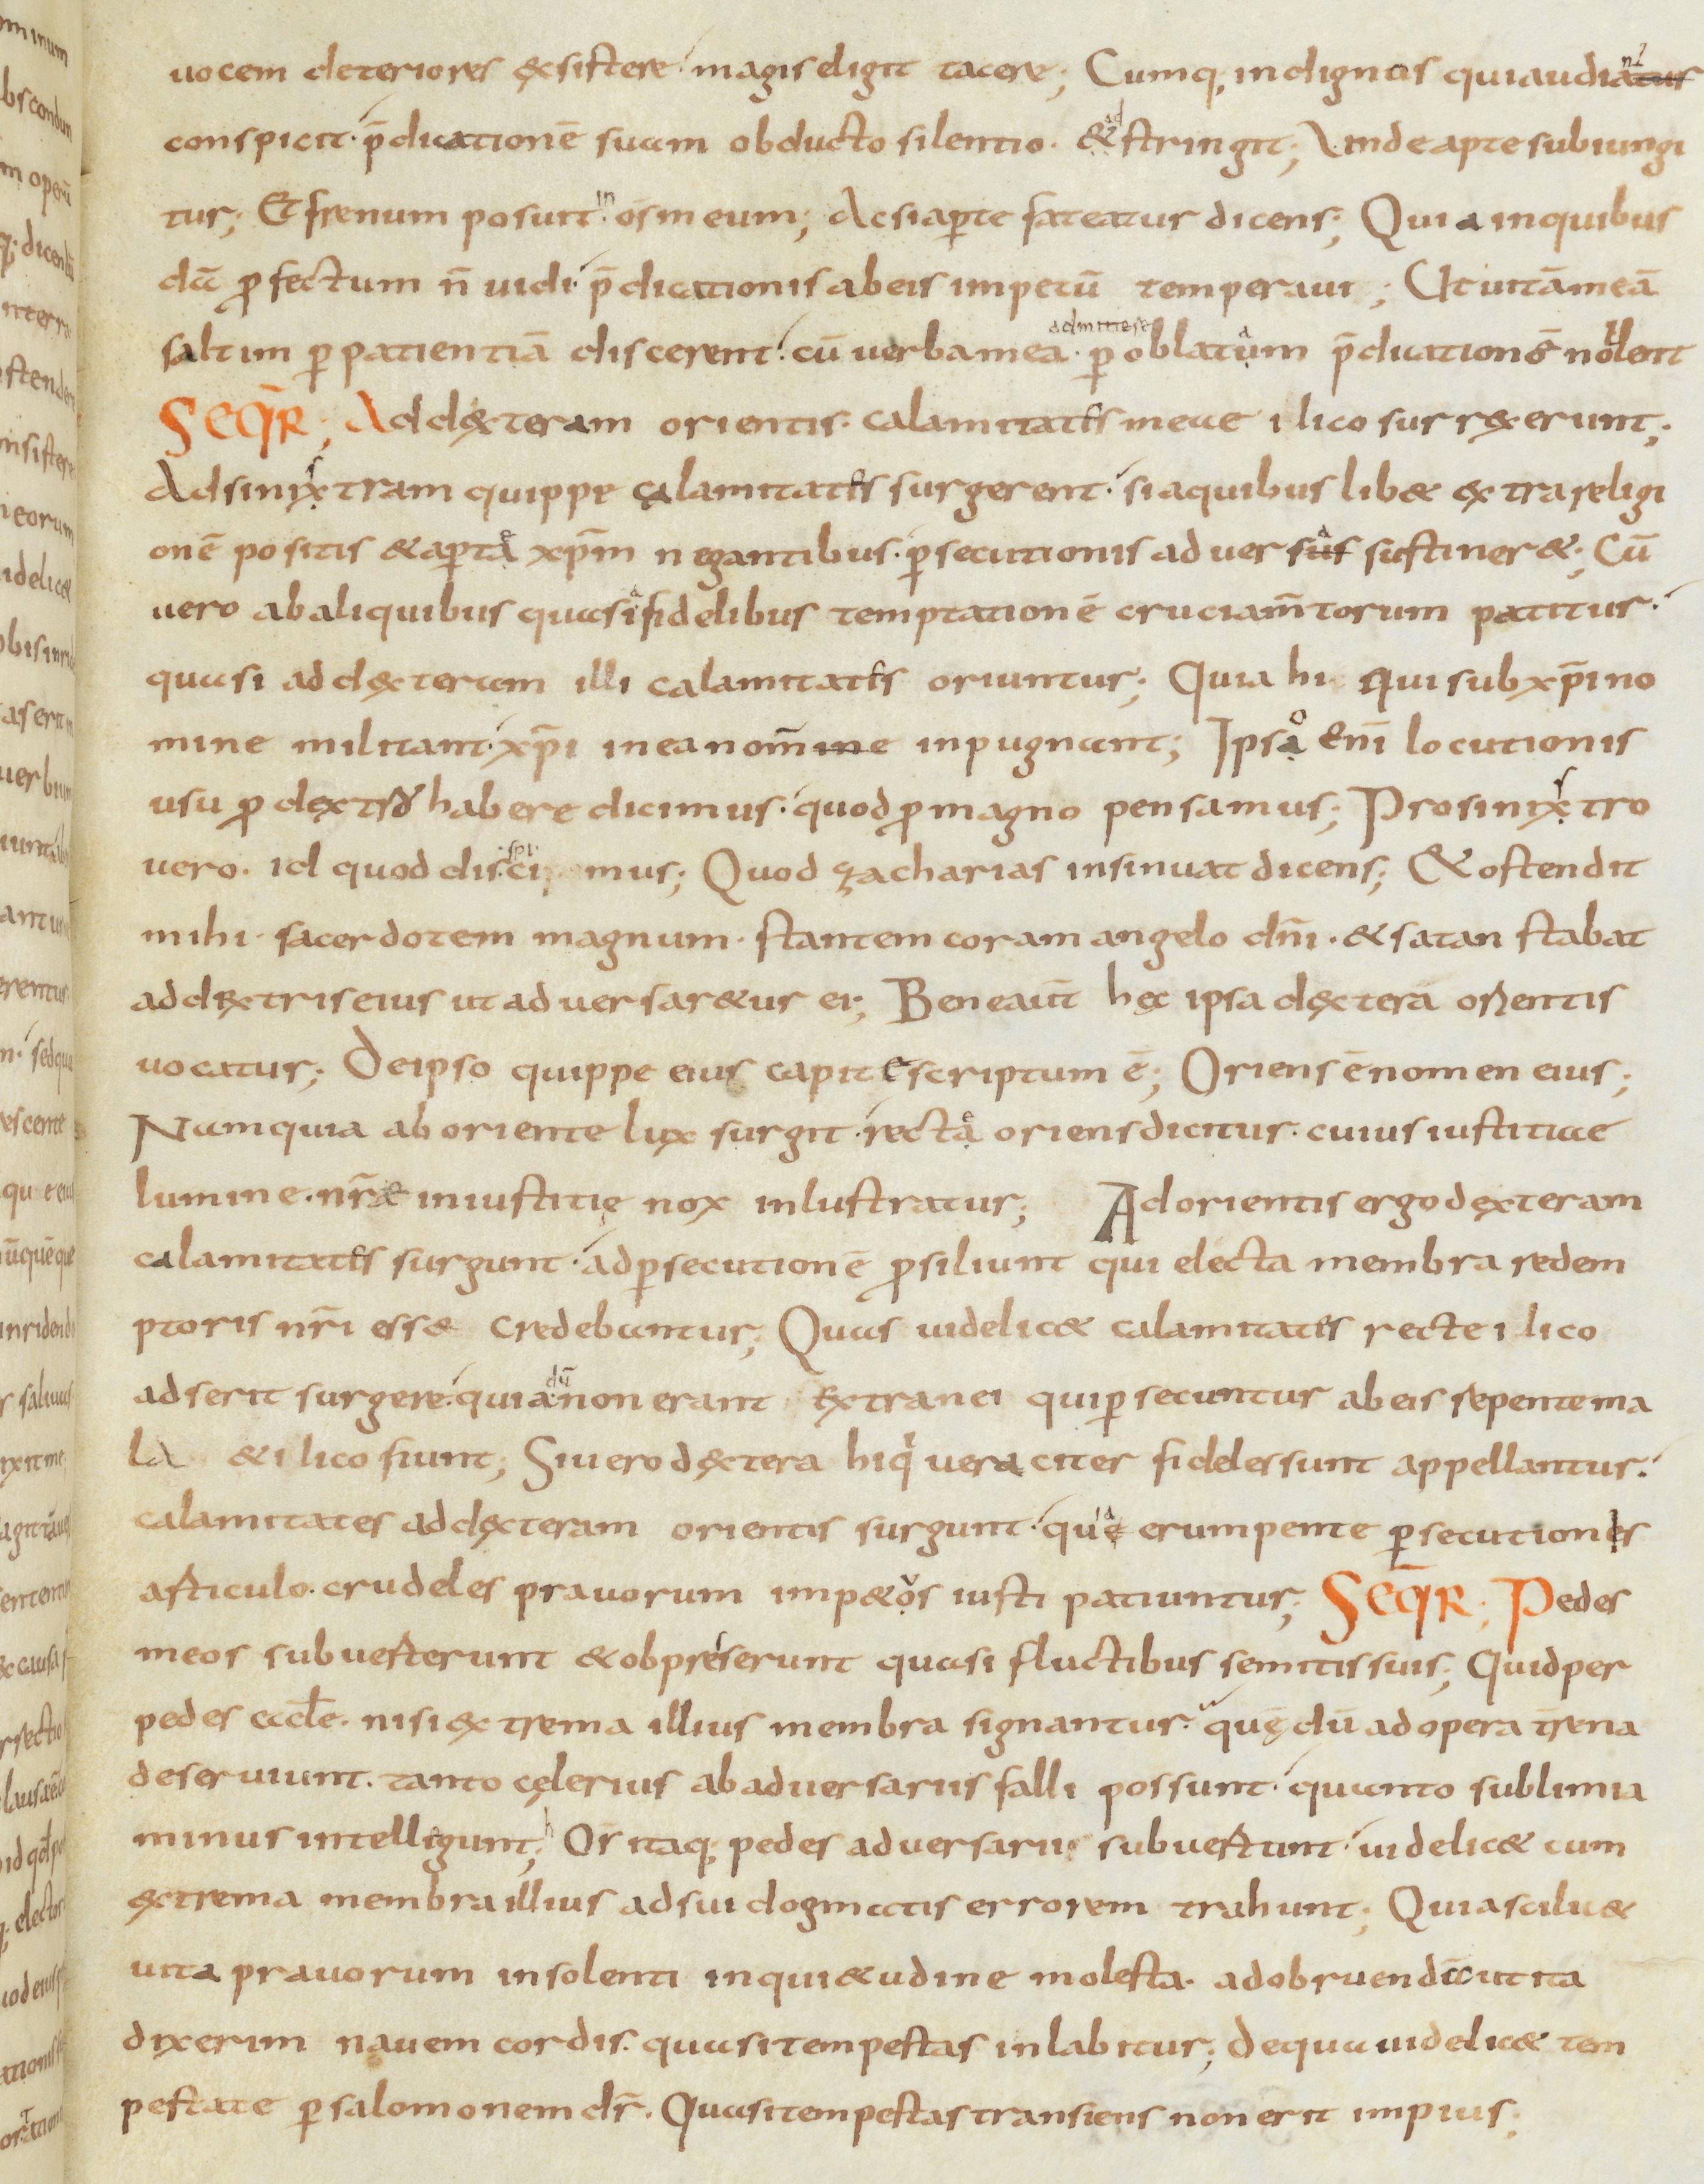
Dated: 900–999